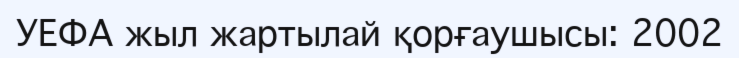
УЕФА жыл жартылай қорғаушысы: 2002